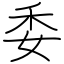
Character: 委